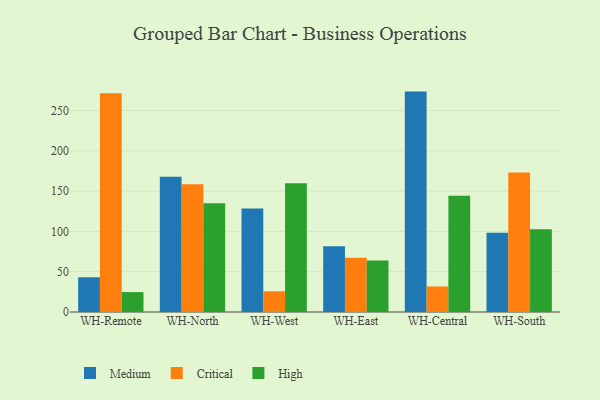
{"axis": {"x": "Warehouse", "y": "Churn Rate (%)"}, "legend": ["Critical", "High", "Medium"], "data": [{"x": "WH-Remote", "y": 43.1, "type": "Medium"}, {"x": "WH-Remote", "y": 271.5, "type": "Critical"}, {"x": "WH-Remote", "y": 24.7, "type": "High"}, {"x": "WH-North", "y": 167.7, "type": "Medium"}, {"x": "WH-North", "y": 158.6, "type": "Critical"}, {"x": "WH-North", "y": 135.1, "type": "High"}, {"x": "WH-West", "y": 128.5, "type": "Medium"}, {"x": "WH-West", "y": 25.7, "type": "Critical"}, {"x": "WH-West", "y": 159.8, "type": "High"}, {"x": "WH-East", "y": 81.5, "type": "Medium"}, {"x": "WH-East", "y": 67.4, "type": "Critical"}, {"x": "WH-East", "y": 63.9, "type": "High"}, {"x": "WH-Central", "y": 273.5, "type": "Medium"}, {"x": "WH-Central", "y": 31.7, "type": "Critical"}, {"x": "WH-Central", "y": 144.4, "type": "High"}, {"x": "WH-South", "y": 98.4, "type": "Medium"}, {"x": "WH-South", "y": 173.0, "type": "Critical"}, {"x": "WH-South", "y": 102.6, "type": "High"}]}